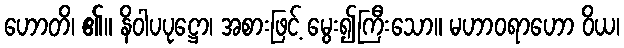
ဟောတိ၊ ၏။ နိဝါပပုဋ္ဌော၊ အစားဖြင့် မွေး၍ကြီးသော။ မဟာဝရာဟော ဝိယ၊